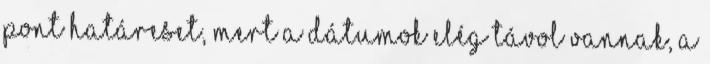
pont határeset, mert a dátumok elég távol vannak, a